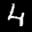
Label: 4